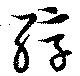
醇